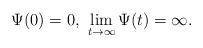
LaTeX: \begin{align*}\Psi(0)=0, \ \lim_{t\rightarrow\infty}\Psi(t)=\infty . \end{align*}